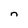
Character: n